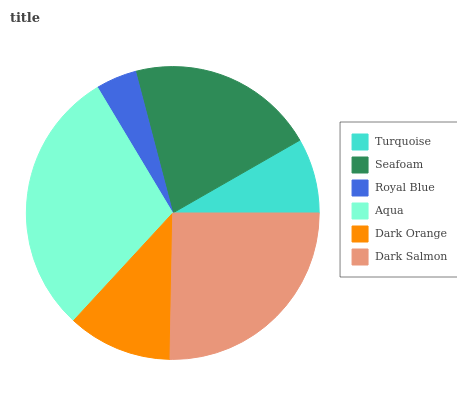
| Turquoise | Seafoam | Royal Blue | Aqua | Dark Orange | Dark Salmon |
 | --- | --- | --- | --- | --- | --- |
 | 8.27% | 20.8% | 4.5% | 29.6% | 11.5% | 25.3% |